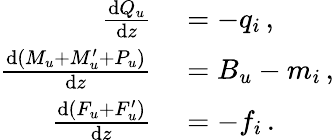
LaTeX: \begin{array}{rl}{\frac{\textnormal{d}Q_{u}}{\textnormal{d}z}}&{{}=-q_{i}\, ,}\\ {\frac{\textnormal{d}(M_{u}+M_{u}^{\prime}+P_{u})}{\textnormal{d}z}}&{{}=B_{u}-m_{i}\, ,}\\ {\frac{\textnormal{d}(F_{u}+F_{u}^{\prime})}{\textnormal{d}z}}&{{}=-f_{i}\, .}\end{array}